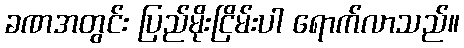
ခဏအတွင်း ပြည်မိုးငြိမ်းပါ ရောက်လာသည်။